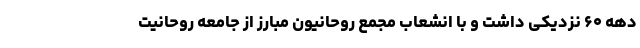
دهه ۶۰ نزدیکی داشت و با انشعاب مجمع روحانیون مبارز از جامعه روحانیت